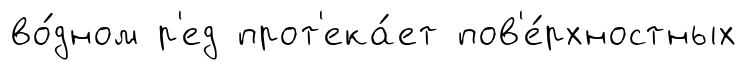
во́дном р'ед прот'ека́ет пов'е́рхностных